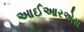
આઈઆરએસ